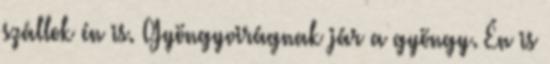
szállok én is. Gyöngyvirágnak jár a gyöngy. Én is